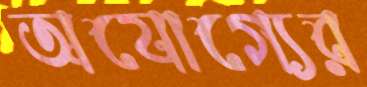
অযোগ্যের